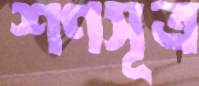
শণসূত্র